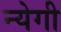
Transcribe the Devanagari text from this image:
न्येगी